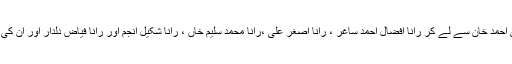
رانا دلدار احمد قادری کے تمام بیٹے رانا ریاض احمد خان سے لے کر رانا افضال احمد ساغر ، رانا اصغر علی ،رانا محمّد سلیم خاں ، رانا شکیل انجم اور رانا فیاض دلدار اور ان کی بہنیں بھی اس پاکیزہ مشن کو اپنائے ہوئے ہیں ۔